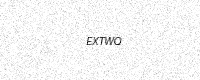
Text: EXTWQ